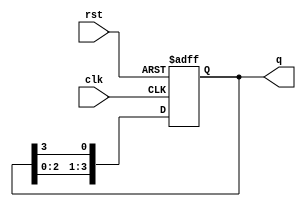
module johnson_counter(
    input wire clk,
    input wire rst,
    output reg [3:0] q
);

always @(posedge clk or posedge rst) begin
    if (rst) begin
        q <= 4'b0001; // Initial state
    end else begin
        q <= {q[2:0], q[3]}; // Shift the current state left by one bit
    end
end

endmodule